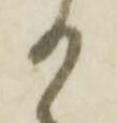
か